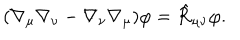
( \nabla _ { \mu } \nabla _ { \nu } - \nabla _ { \nu } \nabla _ { \mu } ) \varphi = \hat { \cal R } _ { \mu \nu } \varphi .